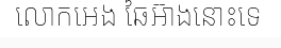
លោកអេង ឆៃអ៊ាងនោះទេ